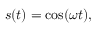
s ( t ) = \cos ( \omega t ) ,